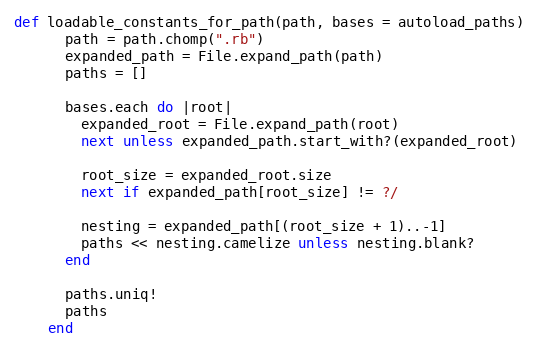
Language: Ruby
def loadable_constants_for_path(path, bases = autoload_paths)
      path = path.chomp(".rb")
      expanded_path = File.expand_path(path)
      paths = []

      bases.each do |root|
        expanded_root = File.expand_path(root)
        next unless expanded_path.start_with?(expanded_root)

        root_size = expanded_root.size
        next if expanded_path[root_size] != ?/

        nesting = expanded_path[(root_size + 1)..-1]
        paths << nesting.camelize unless nesting.blank?
      end

      paths.uniq!
      paths
    end